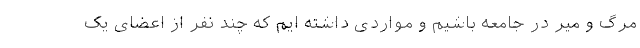
مرگ و میر در جامعه باشیم و مواردی داشته ایم که چند نفر از اعضای یک